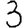
Digit: 3